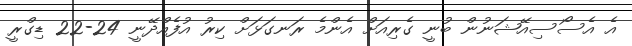
އެ އެސޯސިއޭޝަނުން ބުނީ ގެރިއަށް އެންމެ ރަނގަޅަށް ކިރު އުފެއްދޭނީ 24-22 ޑިގްރީ